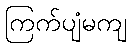
ကြက်ပျံမကျ